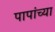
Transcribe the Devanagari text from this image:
पापांच्या